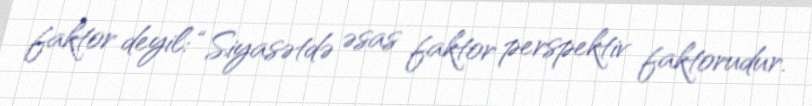
faktor deyil: “Siyasətdə əsas faktor perspektiv faktorudur.